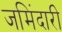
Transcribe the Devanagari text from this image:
जमिंदारी